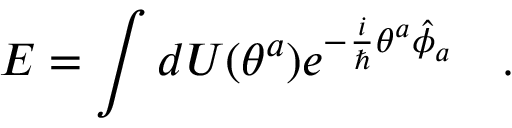
{ \cal E } = \int d U ( \theta ^ { a } ) e ^ { - \frac { i } { \hbar } \theta ^ { a } \hat { \phi } _ { a } } \ \ \ .